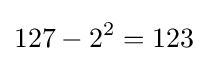
127-2^{2}=123